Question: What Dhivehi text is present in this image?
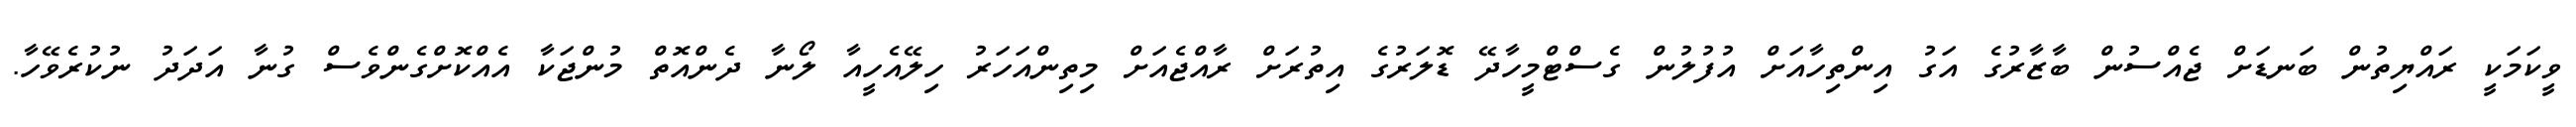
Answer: ވީކަމަކީ ރައްޔިތުން ބަނޑަށް ޖެއްސުން ބާޒާރުގެ އަގު އިންތިހާއަށް އުފުލުން ގެސްޓްމީހާދޭ ޑޮލަރުގެ އިތުރަށް ރާއްޖެއަށް މިތިންއަހަރު ހިލޭއެހީއާ ލޯނާ ދެންއޮތް މުންޖަކާ އެއްކޮށްގެންވެސް ގުނާ އަދަދު ނުކުރެވޭހާ.